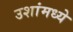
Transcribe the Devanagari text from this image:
उशांमध्ये